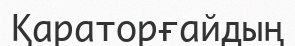
Қараторғайдың